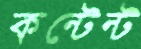
কন্টেন্ট